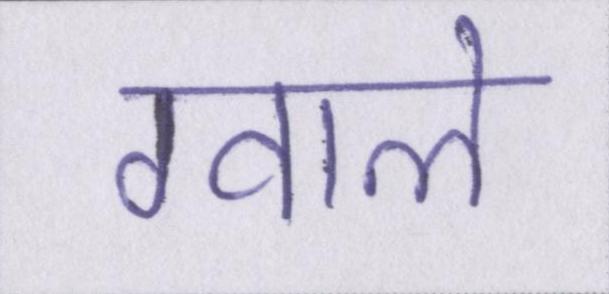
ग्वाले